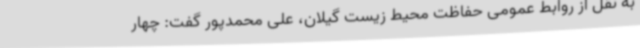
به نقل از روابط عمومی حفاظت محیط زیست گیلان، علی محمدپور گفت: چهار